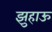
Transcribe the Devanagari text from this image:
झुहाऊ